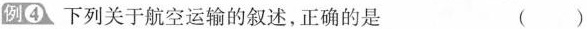
例④ 下列关于航空运输的叙述，正确的是 ( )